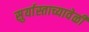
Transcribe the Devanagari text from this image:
सुर्यास्ताच्यावेळी